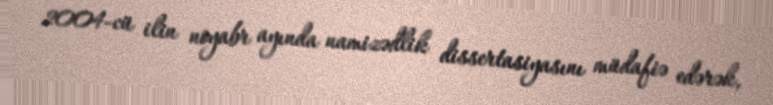
2004-cü ilin noyabr ayında namizədlik dissertasiyasını müdafiə edərək,